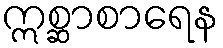
ဣစ္ဆာစာရေန